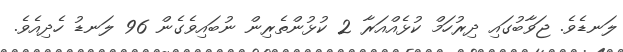
ލަނޑެވެ. ޖަވާބުގައި ދިރުހަމް ކުޅެއްއަރާ 2 ކުޅުންތެރިން ނުބައިވެގެން 96 ލަނޑު ހެދިއެވެ.